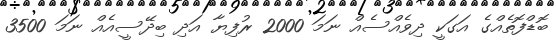
ބޮޑްފޮތެއްގެ އަގަކީ ދިވެއްސެއް ނަމަ 2000 ރުފިޔާ އަދި ބިދޭސީއެއް ނަމަ 3500